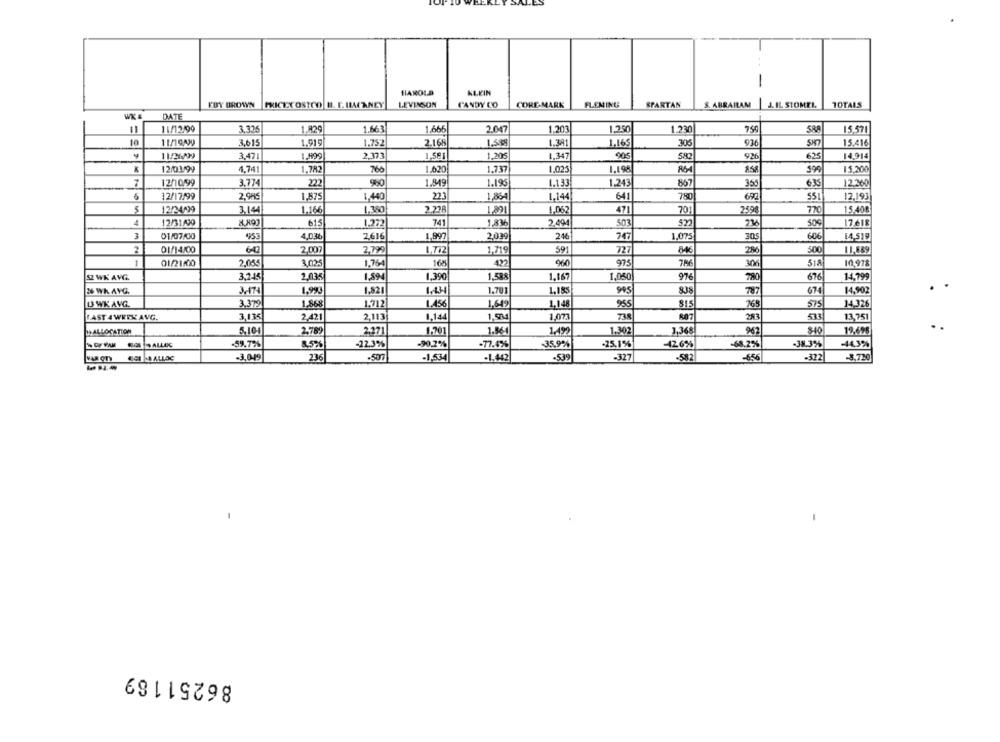
-
HAROLD
KLEIN
EDY BROWN
PRICECOSTCO B. F. IMACANCY
LEVINSON
CANDY CO
CORE-MARK
FLEMING
SPARTAN
S. ABRAILAM J. IL STOMEI
TOTALS
DATE
11/12/99
11
3.326
1.829
1.663
1.665
2.047
1.203
1.250
1.230
750
SRB
15.571
11/19A99
3.615
1.919
1,752
2.168
1,53%
1.391
1,169
300
15.416
11/2499
3,471
1.899
2,373
1,58 1
1.205
1,347
905
926
625
14,914
12/01/99
4,741
1.782
766
1.620
1.737
1.025
1.198
15,200
12/10/99
3.774
222
960
1.849
1.195
1.133
1.243
857
359
12.260
12/17/99
2,985
1,875
1.440
22
1,864
1.144
641
78
672
55
12,193
12/24/99
1.350
314
1.166
2.226
1.291
1,062
471
701
2590
15.408
4
12/31/39
615
1.272
741
1,836
2.494
523
216
50€
17 618
503
01/07/00
453
4,0.3₺
2616
1.997
2,039
246
747
1.075
305
60€
14,519
2
01/14/00
64
2,007
2,79
1,772
1,719
591
727
2%
11.689
1
01/21/00
2055
3.025
1.76
168
960
975
306
518
10,978
976
SZ WK AVG.
3,245
2.035
1.89
1,390
1,588
1.167
1,050
676
14,799
36 WA AVG.
1.90
1.821
1.434
1.701
1,185
99
674
14,902
787
U WKAVG.
3.379
1.868
1.712
1.456
1,649
1,148
955
815
765
14.326
FAST 4 WEEK AVG.
3,135
2.42
2,113
1.144
1.073
73
807
253
533
13,751
ALLOCATION
5.10
2,789
2.271
1.701
1.864
1.302
1,368
$40
19,698
SALLAIG
-59,7%
8,5%
-22,3%
-90,7%
-77.4%%
35,9%
-25,1%
-426%%
-68.2%
-38.3%
-44,3%
241 .4 ALLAC
-3,049
236
.507
-1,534
-1.442
-539
-327
-582
-656
-322
-8,720
-
86251189